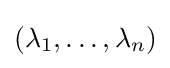
(\lambda _{1},\ldots ,\lambda _{n})